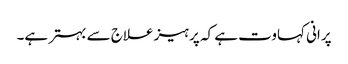
پرانی کہاوت ہے کہ پرہیز علاج سے بہتر ہے۔